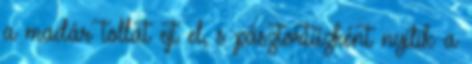
a madár tollat ejt el, s pásztortűzként nyílik a